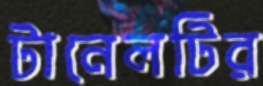
টানেলটির